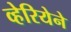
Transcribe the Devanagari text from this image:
व्हेरियेने